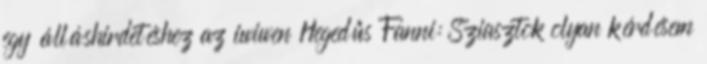
egy álláshirdetéshez az iwiwen Hegedűs Fanni: Sziasztok olyan kérdésem